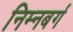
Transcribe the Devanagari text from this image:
निम्नबर्ग